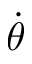
\dot { \theta }